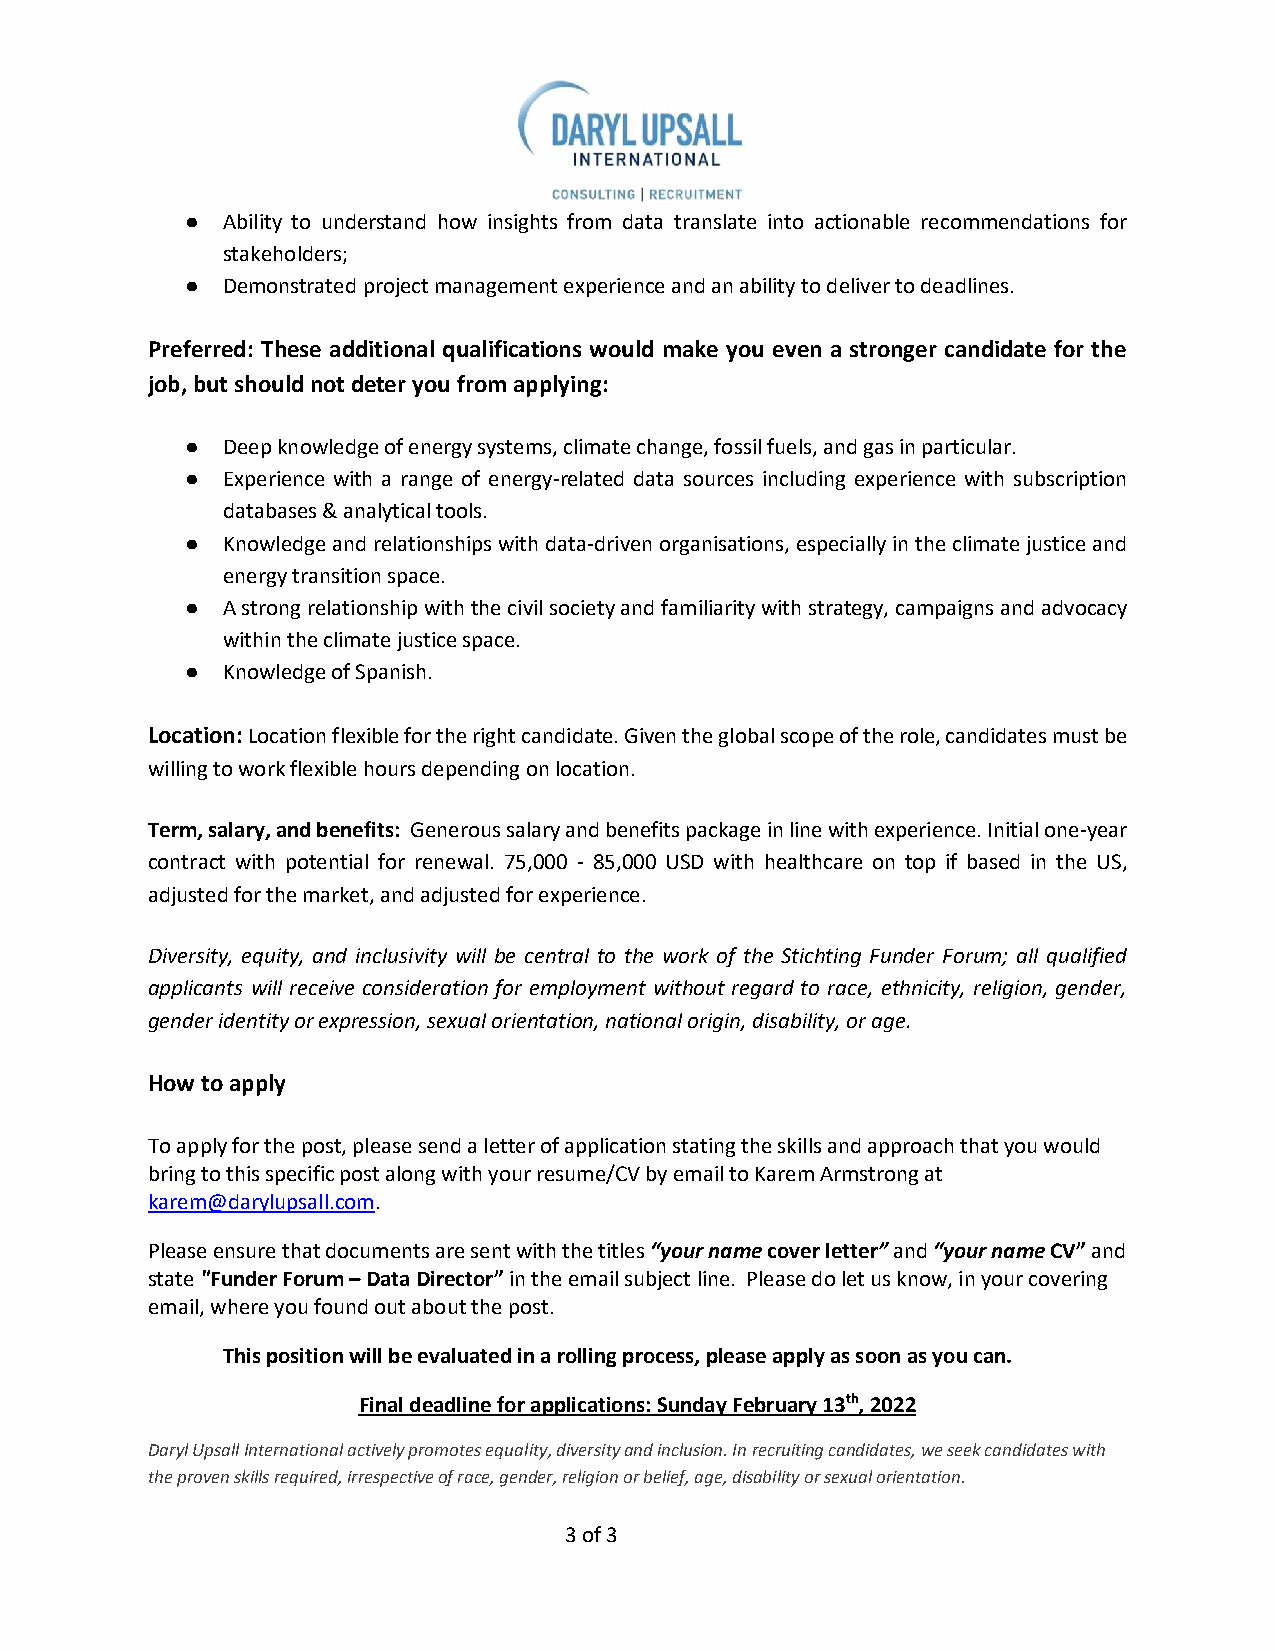
●  Ability to understand how insights from data translate into actionable recommendations for
 stakeholders;
 ●  Demonstrated project management experience and an ability to deliver to deadlines.
 Preferred: These additional qualifications would make you even a stronger candidate for the
 job, but should not deter you from applying:
 ●  Deep knowledge of energy systems, climate change, fossil fuels, and gas in particular.
 ●  Experience with a range of energy-related data sources including experience with subscription
 databases & analytical tools.
 ●  Knowledge and relationships with data-driven organisations, especially in the climate justice and
 energy transition space.
 ●  A strong relationship with the civil society and familiarity with strategy, campaigns and advocacy
 within the climate justice space.
 ●  Knowledge of Spanish.
 Location: Location flexible for the right candidate. Given the global scope of the role, candidates must be
 willing to work flexible hours depending on location.
 Term, salary, and benefits: Generous salary and benefits package in line with experience. Initial one-year
 contract with potential for renewal. 75,000 - 85,000 USD with healthcare on top if based in the US,
 adjusted for the market, and adjusted for experience.
 Diversity, equity, and inclusivity will be central to the work of the Stichting Funder Forum; all qualified
 applicants will receive consideration for employment without regard to race, ethnicity, religion, gender,
 gender identity or expression, sexual orientation, national origin, disability, or age.
 How to apply
 To apply for the post, please send a letter of application stating the skills and approach that you would
 bring to this specific post along with your resume/CV by email to Karem Armstrong at
 karem@darylupsall.com.
 Please ensure that documents are sent with the titles “your name cover letter” and “your name CV” and
 state "Funder Forum – Data Director” in the email subject line. Please do let us know, in your covering
 email, where you found out about the post.
 This position will be evaluated in a rolling process, please apply as soon as you can.
 Final deadline for applications: Sunday February 13th, 2022
 Daryl Upsall International actively promotes equality, diversity and inclusion. In recruiting candidates, we seek candidates with
 the proven skills required, irrespective of race, gender, religion or belief, age, disability or sexual orientation.
 3 of 3